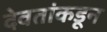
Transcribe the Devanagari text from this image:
देवतांकडून